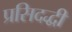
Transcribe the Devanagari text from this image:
प्रसिदद्धी